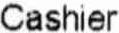
CASHIER